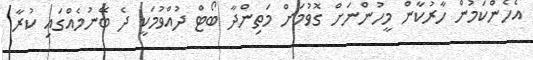
އެހެންކަމުން ހާރުކާން މީހުންނަށް ގޮވުމަށް މަތިންދާ ބޯޓް ދުއްވުމަކީ ދެ ބޭނުމެއްގައި ކުރާ